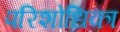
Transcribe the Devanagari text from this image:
परिशोधिका